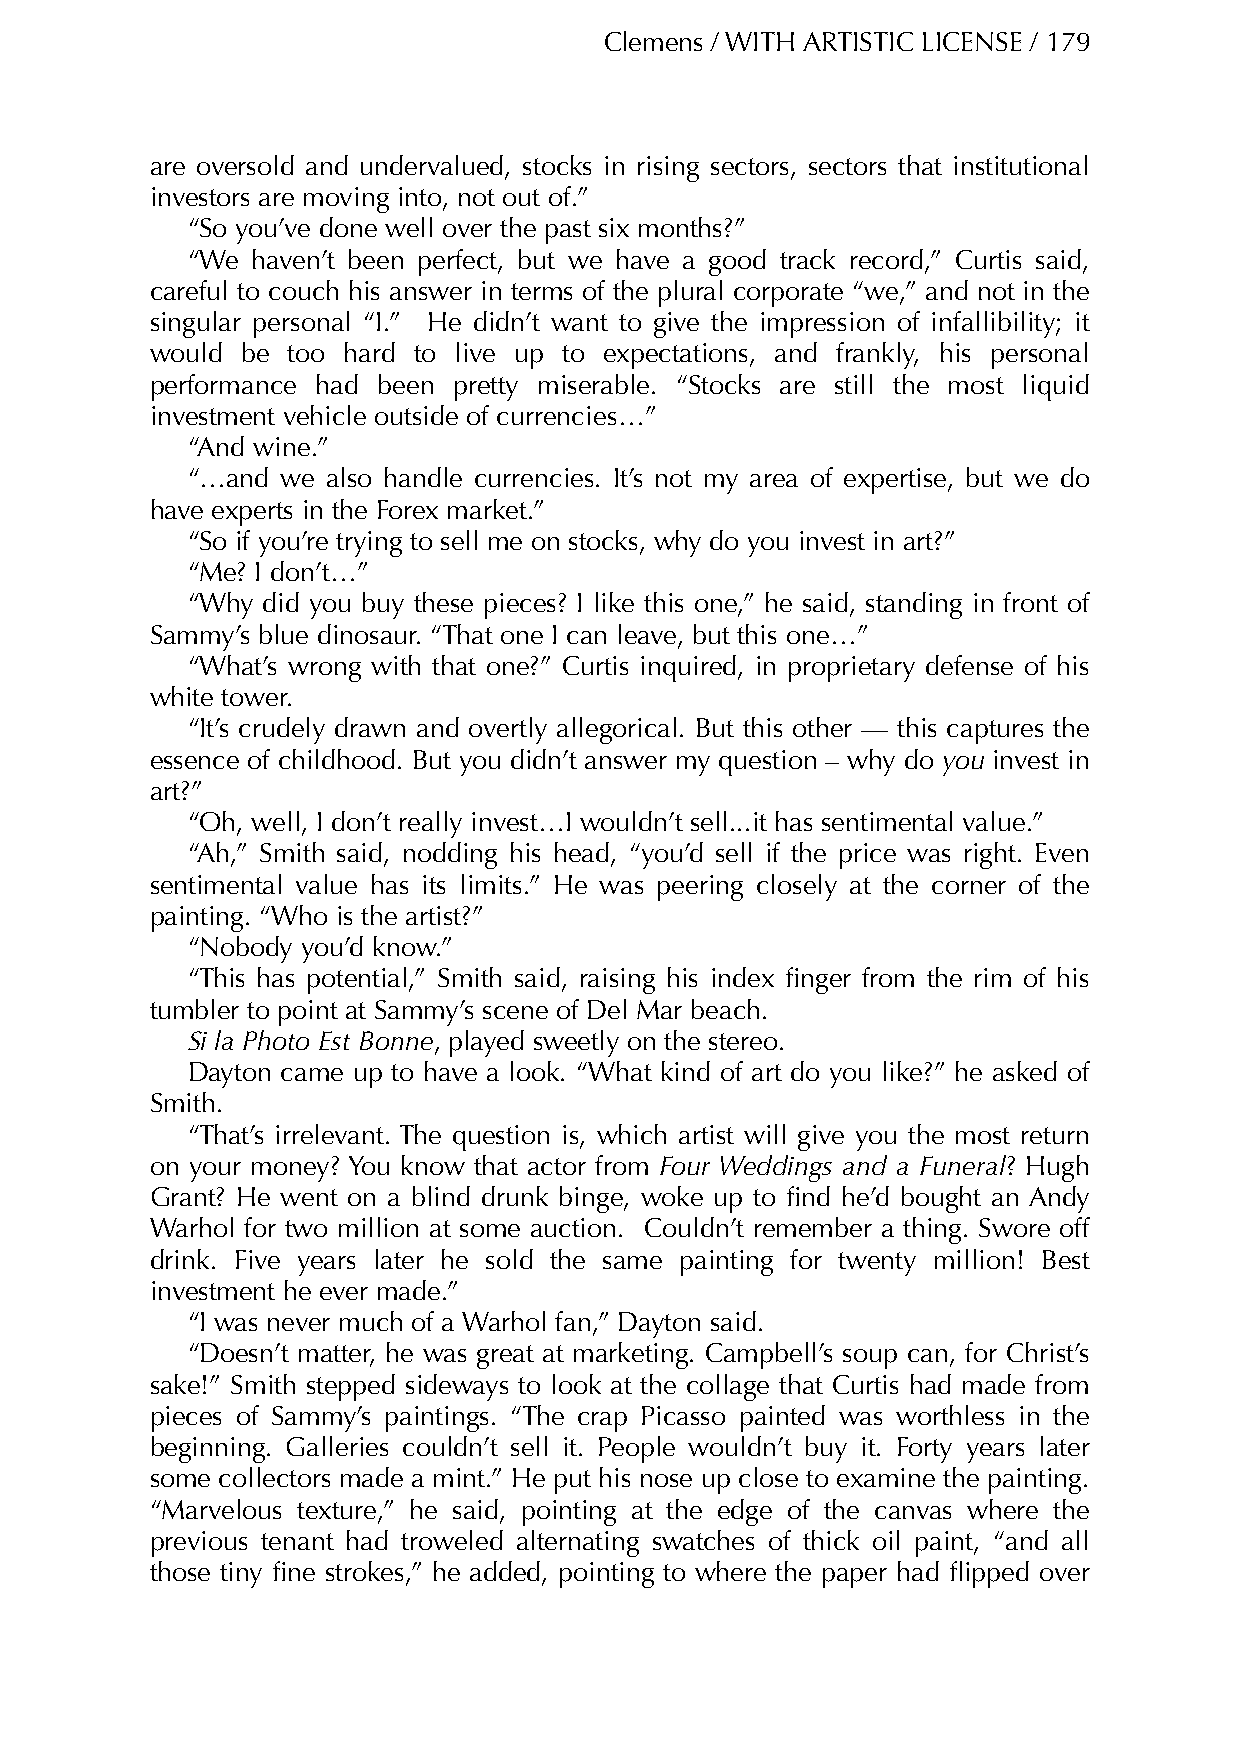
Clemens / WITH ARTISTIC LICENSE / 179
 are oversold and undervalued, stocks in rising sectors, sectors that institutional
 investors are moving into, not out of.”
 “So you’ve done well over the past six months?”
 “We  haven’t been perfect, but we have a good track record,” Curtis said,
 careful to couch his answer in terms of the plural corporate “we,” and not in the
 singular personal “I.” He didn’t want to give the impression of infallibility; it
 would be too hard to live up to expectations, and frankly, his personal
 performance had been pretty miserable. “Stocks are still the most liquid
 investment vehicle outside of currencies…”
 “And wine.”
 “…and  we also handle currencies. It’s not my area of expertise, but we do
 have experts in the Forex market.”
 “So if you’re trying to sell me on stocks, why do you invest in art?”
 “Me? I don’t…”
 “Why did you buy these pieces? I like this one,” he said, standing in front of
 Sammy’s blue dinosaur. “That one I can leave, but this one…”
 “What’s wrong with that one?” Curtis inquired, in proprietary defense of his
 white tower.
 “It’s crudely drawn and overtly allegorical. But this other — this captures the
 essence of childhood. But you didn’t answer my question – why do you invest in
 art?”
 “Oh, well, I don’t really invest…I wouldn’t sell...it has sentimental value.”
 “Ah,” Smith said, nodding his head, “you’d sell if the price was right. Even
 sentimental value has its limits.” He was peering closely at the corner of the
 painting. “Who is the artist?”
 “Nobody you’d know.”
 “This has potential,” Smith said, raising his index finger from the rim of his
 tumbler to point at Sammy’s scene of Del Mar beach.
 Si la Photo Est Bonne, played sweetly on the stereo.
 Dayton came up to have a look. “What kind of art do you like?” he asked of
 Smith.
 “That’s irrelevant. The question is, which artist will give you the most return
 on your money? You know that actor from Four Weddings and a Funeral? Hugh
 Grant? He went on a blind drunk binge, woke up to find he’d bought an Andy
 Warhol for two million at some auction. Couldn’t remember a thing. Swore off
 drink. Five years later he sold the same painting for twenty million! Best
 investment he ever made.”
 “I was never much of a Warhol fan,” Dayton said.
 “Doesn’t matter, he was great at marketing. Campbell’s soup can, for Christ’s
 sake!” Smith stepped sideways to look at the collage that Curtis had made from
 pieces of Sammy’s paintings. “The crap Picasso painted was worthless in the
 beginning. Galleries couldn’t sell it. People wouldn’t buy it. Forty years later
 some collectors made a mint.” He put his nose up close to examine the painting.
 “Marvelous texture,” he said, pointing at the edge of the canvas where the
 previous tenant had troweled alternating swatches of thick oil paint, “and all
 those tiny fine strokes,” he added, pointing to where the paper had flipped over